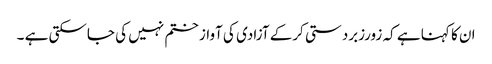
ان کا کہنا ہے کہ زورزبردستی کرکے آزادی کی آواز ختم نہیں کی جاسکتی ہے ۔